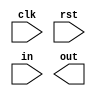
`timescale 1ns / 1ps
//////////////////////////////////////////////////////////////////////////////////
// Company: 
// Engineer: 
// 
// Design Name: 
// Module Name:    DeBouncer 
// Project Name: 
// Target Devices: 
// Tool versions: 
// Description: 
//
// Dependencies: 
//
// Revision: 
// Revision 0.01 - File Created
// Additional Comments: 
//
//////////////////////////////////////////////////////////////////////////////////
module DeBouncer(
    input clk,
    input rst,
    input in,
    output out
    );


endmodule